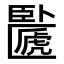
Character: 𠥸